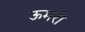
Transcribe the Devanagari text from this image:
ऊमरी